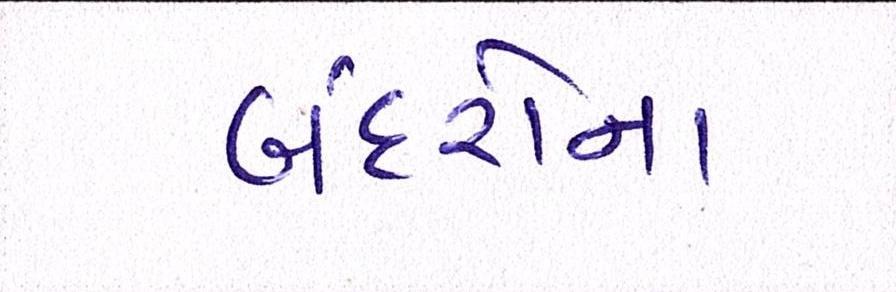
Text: બંદરોના